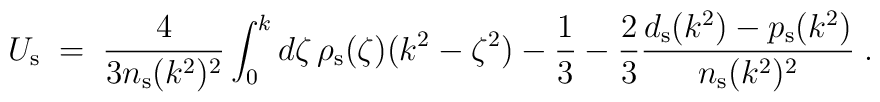
U_{\rm s}\;=\;{4\over 3n_{\rm s}(k^2)^2}\int_0^kd\zeta\, \rho_{\rm s}(\zeta)(k^2-\zeta^2)-{1\over 3}-{2\over 3}{d_{\rm s}(k^2)-p_{\rm s}(k^2)\over n_{\rm s}(k^2)^2}\;.